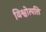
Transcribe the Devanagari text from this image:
विश्वोत्पत्ति